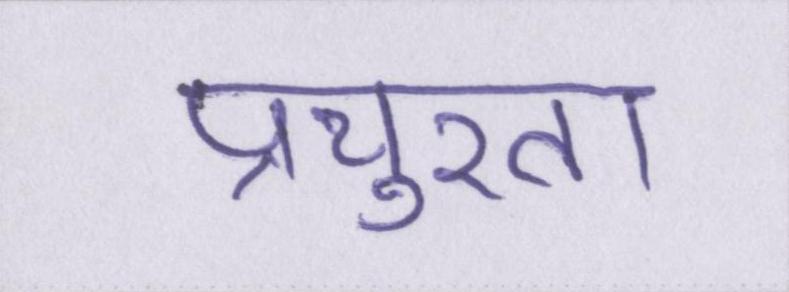
प्रचुरता